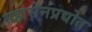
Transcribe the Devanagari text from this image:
महासेनप्रद्योत